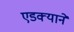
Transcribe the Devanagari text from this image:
एडक्याने